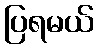
ပြရမယ်